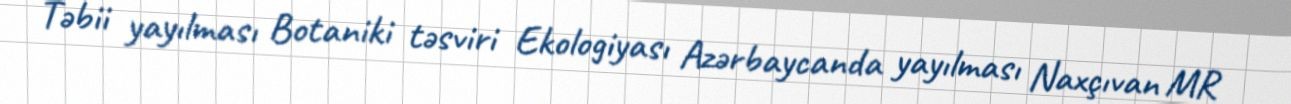
Təbii yayılması Botaniki təsviri Ekologiyası Azərbaycanda yayılması Naxçıvan MR